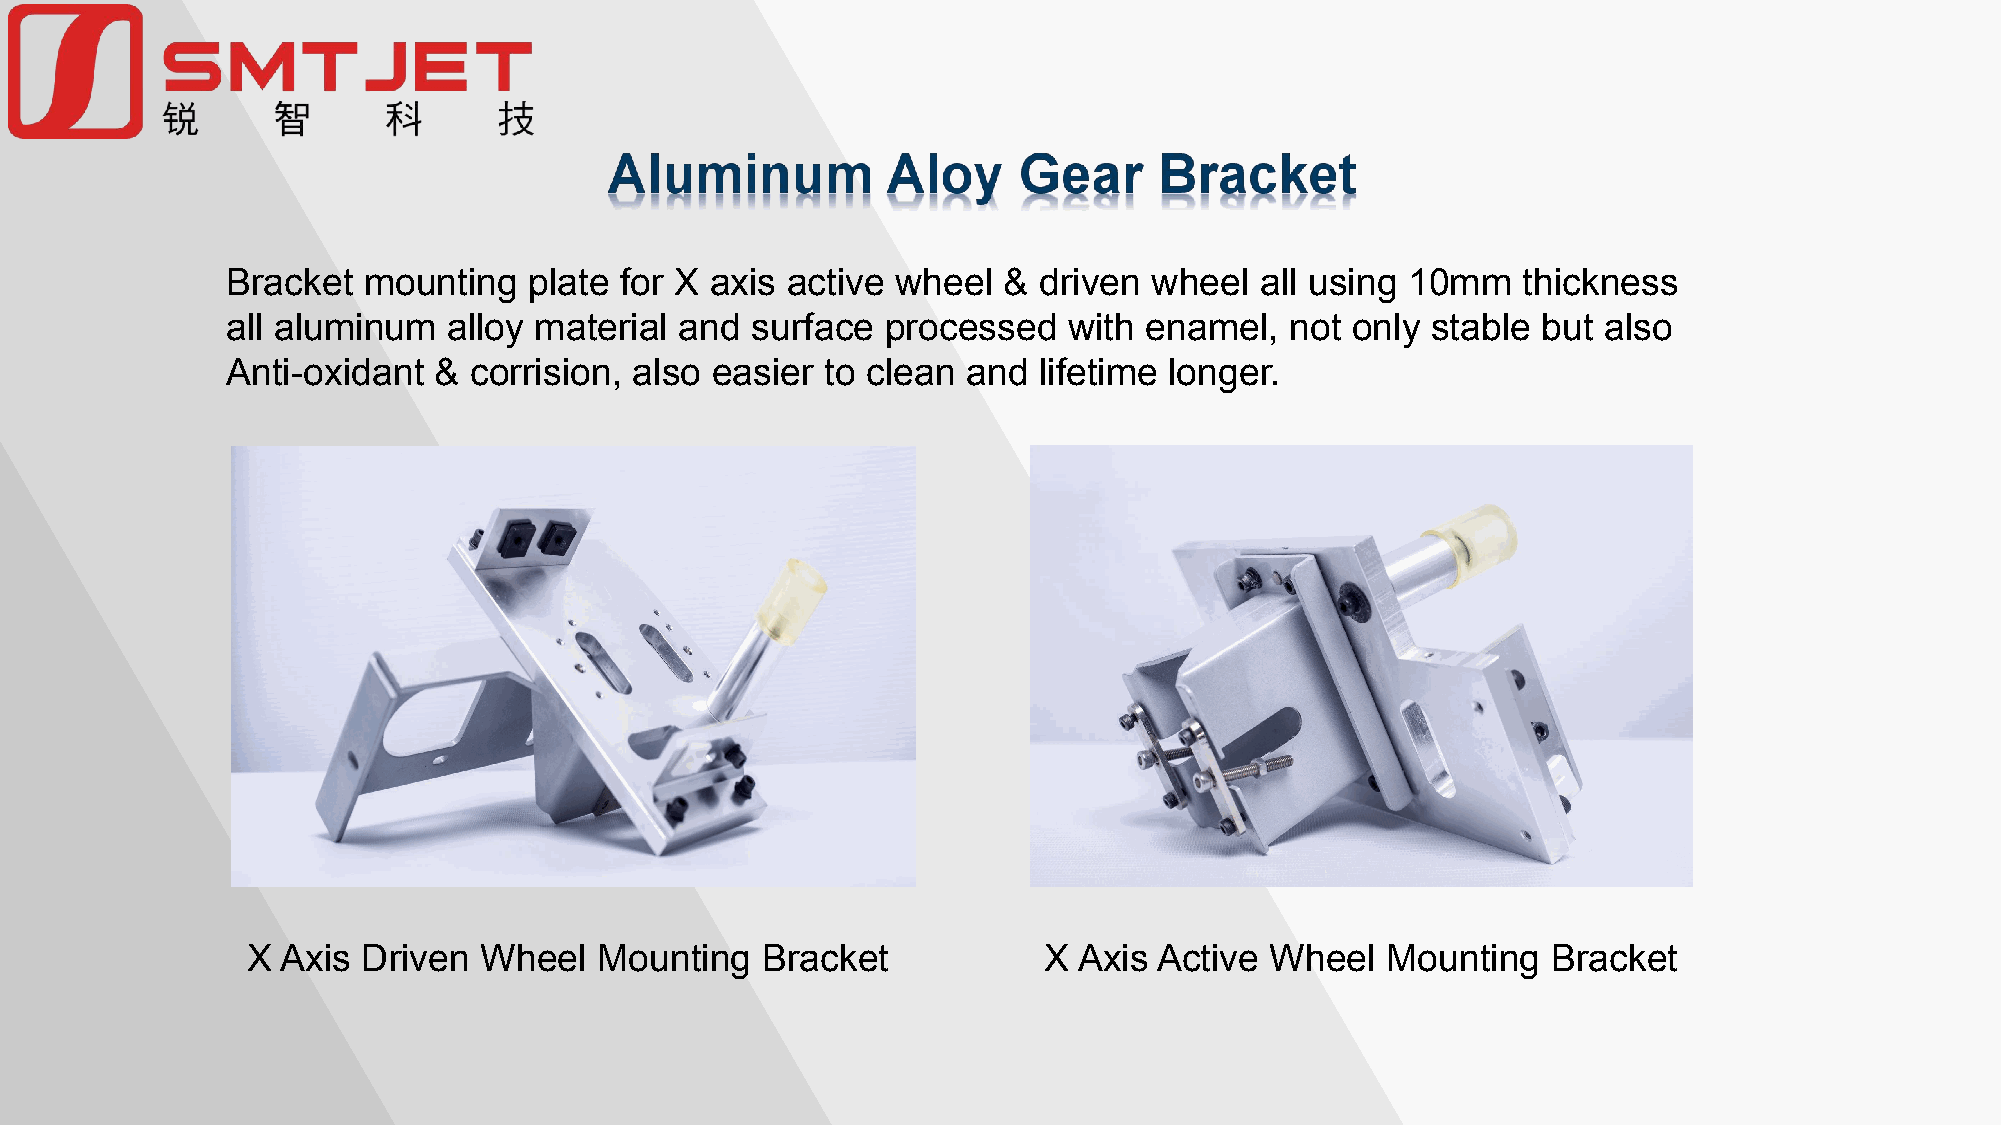
Bracket  mounting   plate for X axis active wheel  &  driven wheel  all using 10mm    thickness
 all aluminum   alloy material and  surface  processed   with enamel,  not only  stable but also
 Anti-oxidant  & corrision, also easier  to clean and  lifetime longer.
 X  Axis Driven  Wheel   Mounting  Bracket            X Axis  Active Wheel   Mounting   Bracket